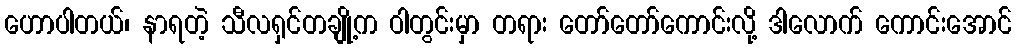
ဟောပါတယ်၊ နာရတဲ့ သီလရှင်တချို့က ဝါတွင်းမှာ တရား တော်တော်ကောင်းလို့ ဒါလောက် ကောင်းအောင်